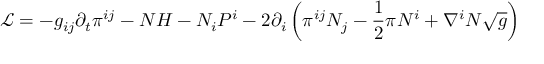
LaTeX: { \mathcal { L } } = - g _ { i j } \partial _ { t } \pi ^ { i j } - N H - N _ { i } P ^ { i } - 2 \partial _ { i } \left( \pi ^ { i j } N _ { j } - { \frac { 1 } { 2 } } \pi N ^ { i } + \nabla ^ { i } N { \sqrt { g } } \right)